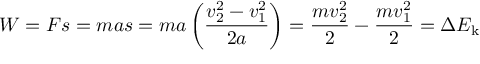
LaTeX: W = F s = m a s = m a \left( { \frac { v _ { 2 } ^ { 2 } - v _ { 1 } ^ { 2 } } { 2 a } } \right) = { \frac { m v _ { 2 } ^ { 2 } } { 2 } } - { \frac { m v _ { 1 } ^ { 2 } } { 2 } } = \Delta { E _ { \mathrm { k } } }